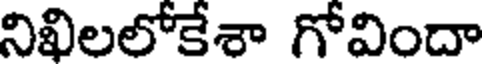
నిఖిలలోకేశా గోవిందా